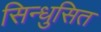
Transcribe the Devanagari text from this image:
सिन्धुसित